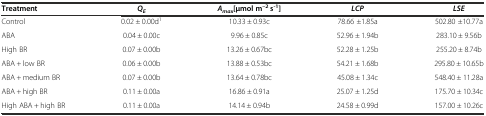
<table><thead><tr><td><b>Treatment</b></td><td><b><i>Q</i><sub><i>E</i></sub></b></td><td><b><i>A</i><sub><i>max</i></sub>[μmol m<sup>–2</sup> s<sup>-1</sup>]</b></td><td><b><i>LCP</i></b></td><td><b><i>LSE</i></b></td></tr></thead><tbody><tr><td>Control</td><td>0.02 ± 0.00d<sup>1</sup></td><td>10.33 ± 0.93c</td><td>78.66 ±1.85a</td><td>502.80 ±10.77a</td></tr><tr><td>ABA</td><td>0.04 ± 0.00c</td><td>9.96 ± 0.85c</td><td>52.96 ± 1.94b</td><td>283.10 ± 9.56b</td></tr><tr><td>High BR</td><td>0.07 ± 0.00b</td><td>13.26 ± 0.67bc</td><td>52.28 ± 1.25b</td><td>255.20 ± 8.74b</td></tr><tr><td>ABA + low BR</td><td>0.06 ± 0.00b</td><td>13.88 ± 0.53bc</td><td>54.21 ± 1.68b</td><td>295.80 ± 10.65b</td></tr><tr><td>ABA + medium BR</td><td>0.07 ± 0.00b</td><td>13.64 ± 0.78bc</td><td>45.08 ± 1.34c</td><td>548.40 ± 11.28a</td></tr><tr><td>ABA + high BR</td><td>0.11 ± 0.00a</td><td>16.86 ± 0.91a</td><td>25.07 ± 1.25d</td><td>175.70 ± 10.34c</td></tr><tr><td>High ABA + high BR</td><td>0.11 ± 0.00a</td><td>14.14 ± 0.94b</td><td>24.58 ± 0.99d</td><td>157.00 ± 10.26c</td></tr></tbody></table>